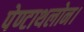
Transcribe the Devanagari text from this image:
पेण्टाथलोन।